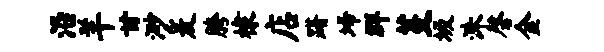
沿羊甘渺爰胯棣店躇埽群芟圾洙磬金